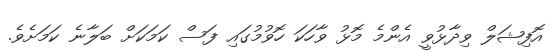
އޮފިޝަލް ވިދާޅުވީ އެންމެ މޮޅު ވާހަކަ ހޮވުމުގައި ފަސް ކަމަކަށް ބަލާނެ ކަމަށެވެ.